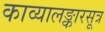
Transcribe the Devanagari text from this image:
काव्यालङ्कारसूत्र